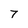
Character: 7